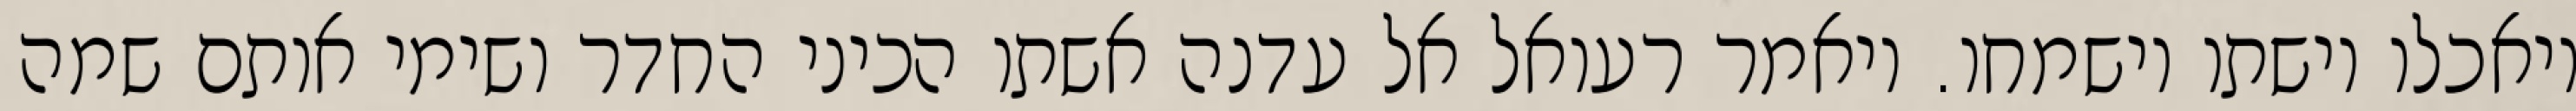
ויאכלו וישתו וישמחו. ויאמר רעואל אל עדנה אשתו הכיני החדר ושימי אותם שמה